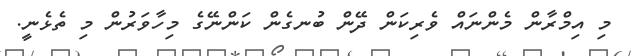
މި އިމްރާން މެންނައް ވެރިކަން ދޭން ބުނގެން ކަންނޭގެ މިހާވަރުން މި ތެޅެނީ.